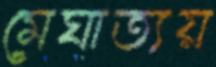
মেঘাত্যয়